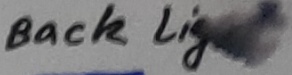
Text: Back Light